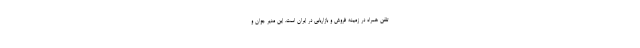
تلفن همراه در زمینه فروش و بازاریابی در ایران است. این مدیر جوان و